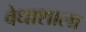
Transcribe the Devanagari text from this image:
वेधाशाला